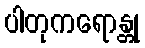
ပါတုကရောန္တု